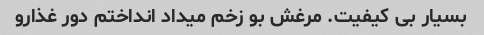
بسیار بی کیفیت. مرغش بو زخم میداد انداختم دور غذارو